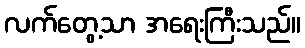
လက်တွေ့သာ အရေးကြီးသည်။